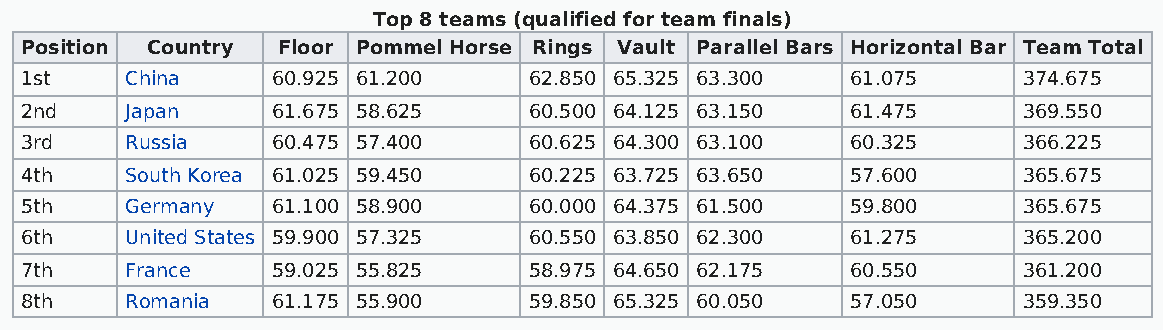
Top 8 teams (qualified for team finals)
 Position Country Floor Pommel Horse Rings Vault Parallel Bars Horizontal Bar Team Total
 1st    China     60.925 61.200    62.850 65.325 63.300 61.075      374.675
 2nd    Japan     61.675 58.625    60.500 64.125 63.150 61.475      369.550
 3rd    Russia    60.475 57.400    60.625 64.300 63.100 60.325      366.225
 4th    South Korea 61.025 59.450  60.225 63.725 63.650 57.600      365.675
 5th    Germany   61.100 58.900    60.000 64.375 61.500 59.800      365.675
 6th    United States 59.900 57.325 60.550 63.850 62.300 61.275     365.200
 7th    France    59.025 55.825    58.975 64.650 62.175 60.550      361.200
 8th    Romania   61.175 55.900    59.850 65.325 60.050 57.050      359.350